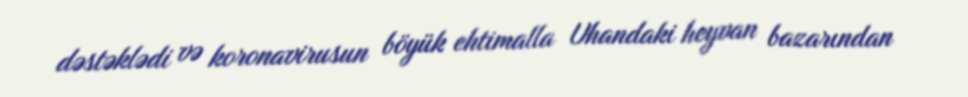
dəstəklədi və koronavirusun böyük ehtimalla Uhandaki heyvan bazarından